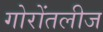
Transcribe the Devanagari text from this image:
गोरोंतलीज